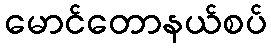
မောင်တောနယ်စပ်